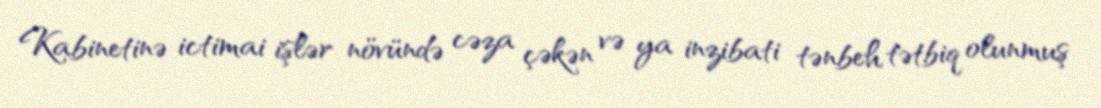
Kabinetinə ictimai işlər növündə cəza çəkən və ya inzibati tənbeh tətbiq olunmuş